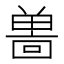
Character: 𪞌